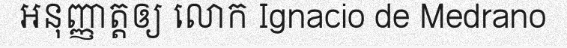
អនុញ្ញាត្តឲ្យ លោក Ignacio de Medrano